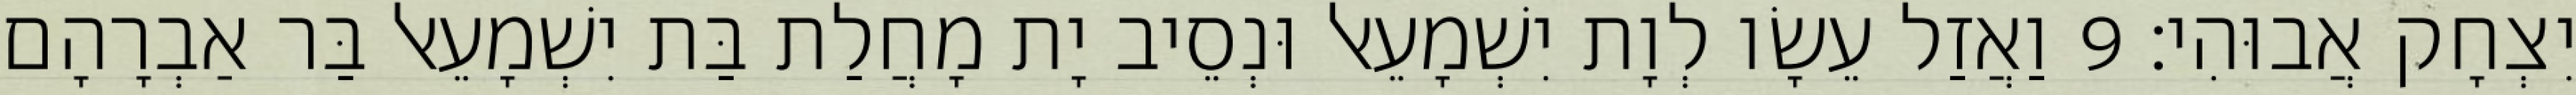
יִצְחָק אֲבוּהִי׃ 9 וַאֲזַל עֵשָׂו לְוָת יִשְׁמָעֵאל וּנְסֵיב יָת מָחֲלַת בַּת יִשְׁמָעֵאל בַּר אַבְרָהָם